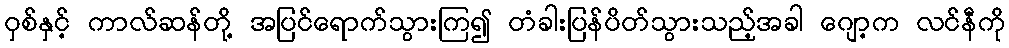
ဝှစ်နှင့် ကာလ်ဆန်တို့ အပြင်ရောက်သွားကြ၍ တံခါးပြန်ပိတ်သွားသည့်အခါ ဂျော့က လင်နီကို